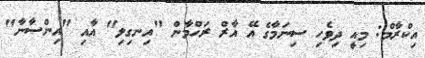
އިކްރާމް: މިއީ ދިވެހި ސިނަމާގެ އޭ އާރް ރަހްމާން "އިނގިލި" އާއި "އިންސާނާ"